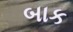
બાક